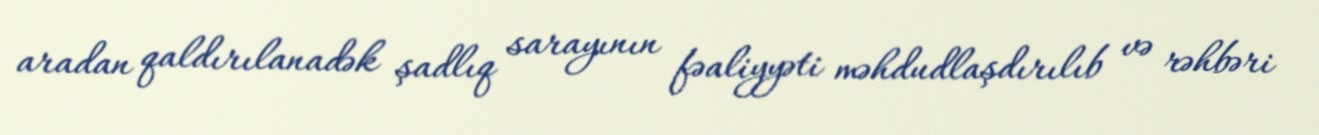
aradan qaldırılanadək şadlıq sarayının fəaliyyəti məhdudlaşdırılıb və rəhbəri